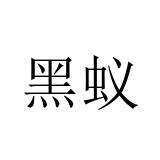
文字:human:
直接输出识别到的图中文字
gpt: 黑蚁